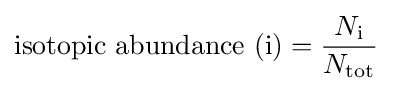
\mathrm {isotopic\ abundance} \ (\mathrm {i} )={\frac {N_{\mathrm {i} }}{N_{\mathrm {tot} }}}\